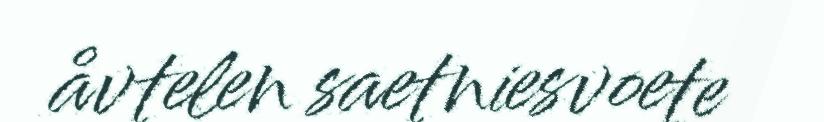
åvtelen saetniesvoete